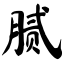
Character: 腻